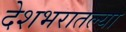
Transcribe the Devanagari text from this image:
देशभरातल्या